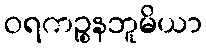
ဝရကဉ္စနဘူမိယာ